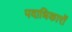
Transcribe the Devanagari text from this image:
पदाधिकारों